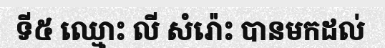
ទី៥ ឈ្មោះ លី សំរ៉ោះ បានមកដល់